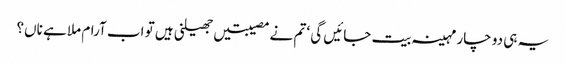
یہ ہی دو چار مہینہ بیت جائیں گی ‘ تم نے مصیبتیں جھیلنی ہیں تو اب آرام ملا ہے ناں؟